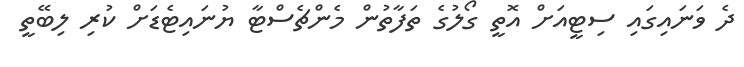
ދެ ވަނައިގައި ސިޓީއަށް އޮތީ ގޯލުގެ ތަފާތުން މެންޗެސްޓާ ޔުނައިޓެޑަށް ކުރި ލިބޭތީ